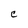
Character: C